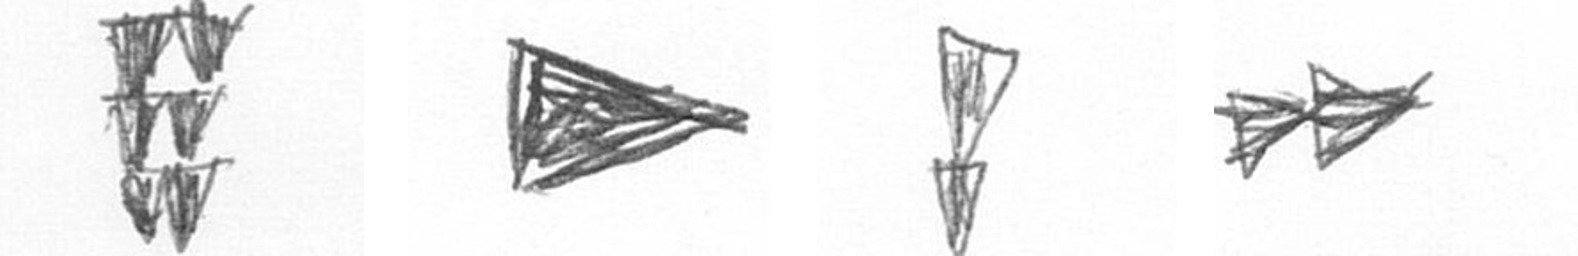
Y T Z A